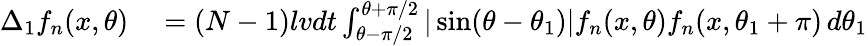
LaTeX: \begin{array}{rl}{\Delta_{1}f_{n}(x,\theta)}&{{}=(N-1)lvdt\int_{\theta-\pi/2}^{\theta+\pi/2}|\sin(\theta-\theta_{1})|f_{n}(x,\theta)f_{n}(x,\theta_{1}+\pi)\, d\theta_{1}}\end{array}